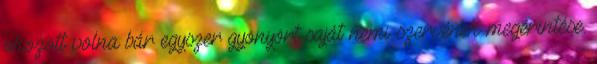
okozott volna bár egyszer gyönyört saját nemi szervének megérintése.